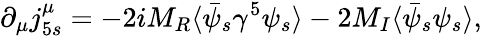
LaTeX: \partial_{\mu}j_{5s}^{\mu}=-2iM_{R}\langle\bar{\psi}_{s}\gamma^{5}\psi_{s}\rangle-2M_{I}\langle\bar{\psi}_{s}\psi_{s}\rangle,